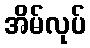
အိမ်လုပ်